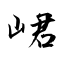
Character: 峮